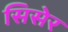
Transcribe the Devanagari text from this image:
सिसेर